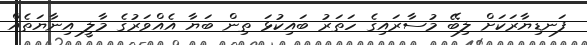
ފަނޑިޔާރަކަށް ލިބޭ މުސާރައިގެ ހަތަރު ބައިކުޅަ ތިން ބަޔާ އެއްވަރުގެ މާލީ އިނާޔަތެއް